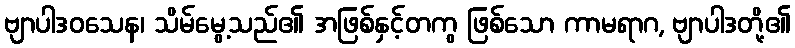
ဗျာပါဒဝသေန၊ သိမ်မွေ့သည်၏ အဖြစ်နှင့်တကွ ဖြစ်သော ကာမရာဂ, ဗျာပါဒတို့၏